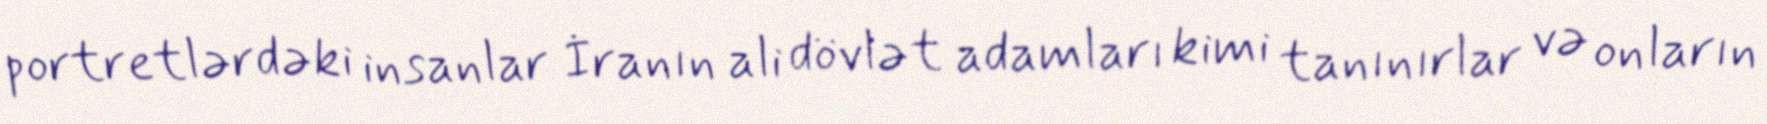
portretlərdəki insanlar İranın ali dövlət adamları kimi tanınırlar və onların